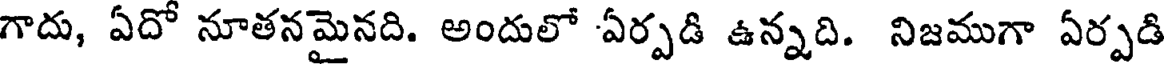
గాదు, ఏదో నూతనమైనది. అందులో ఏర్పడి ఉన్నది. నిజముగా ఏర్పడి